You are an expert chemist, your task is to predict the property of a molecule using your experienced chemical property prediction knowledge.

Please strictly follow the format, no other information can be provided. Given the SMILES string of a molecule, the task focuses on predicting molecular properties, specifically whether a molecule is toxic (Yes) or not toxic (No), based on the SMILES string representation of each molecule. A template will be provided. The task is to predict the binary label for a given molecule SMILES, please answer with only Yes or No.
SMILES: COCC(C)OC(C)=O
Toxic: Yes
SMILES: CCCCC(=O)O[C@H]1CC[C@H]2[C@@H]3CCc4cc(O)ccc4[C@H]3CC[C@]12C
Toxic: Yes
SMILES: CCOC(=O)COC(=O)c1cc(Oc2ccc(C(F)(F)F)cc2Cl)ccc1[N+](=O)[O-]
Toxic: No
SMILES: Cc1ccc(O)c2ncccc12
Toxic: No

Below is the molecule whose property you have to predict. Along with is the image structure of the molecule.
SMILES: CCC(C)(C)c1ccc(O)c(C(C)(C)CC)c1
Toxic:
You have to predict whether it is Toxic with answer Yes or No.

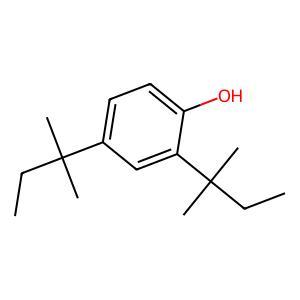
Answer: No